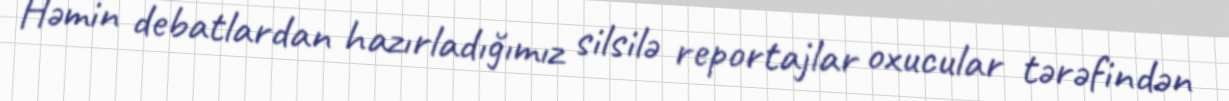
Həmin debatlardan hazırladığımız silsilə reportajlar oxucular tərəfindən